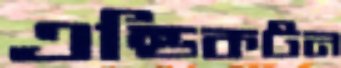
এন্ডিকটন